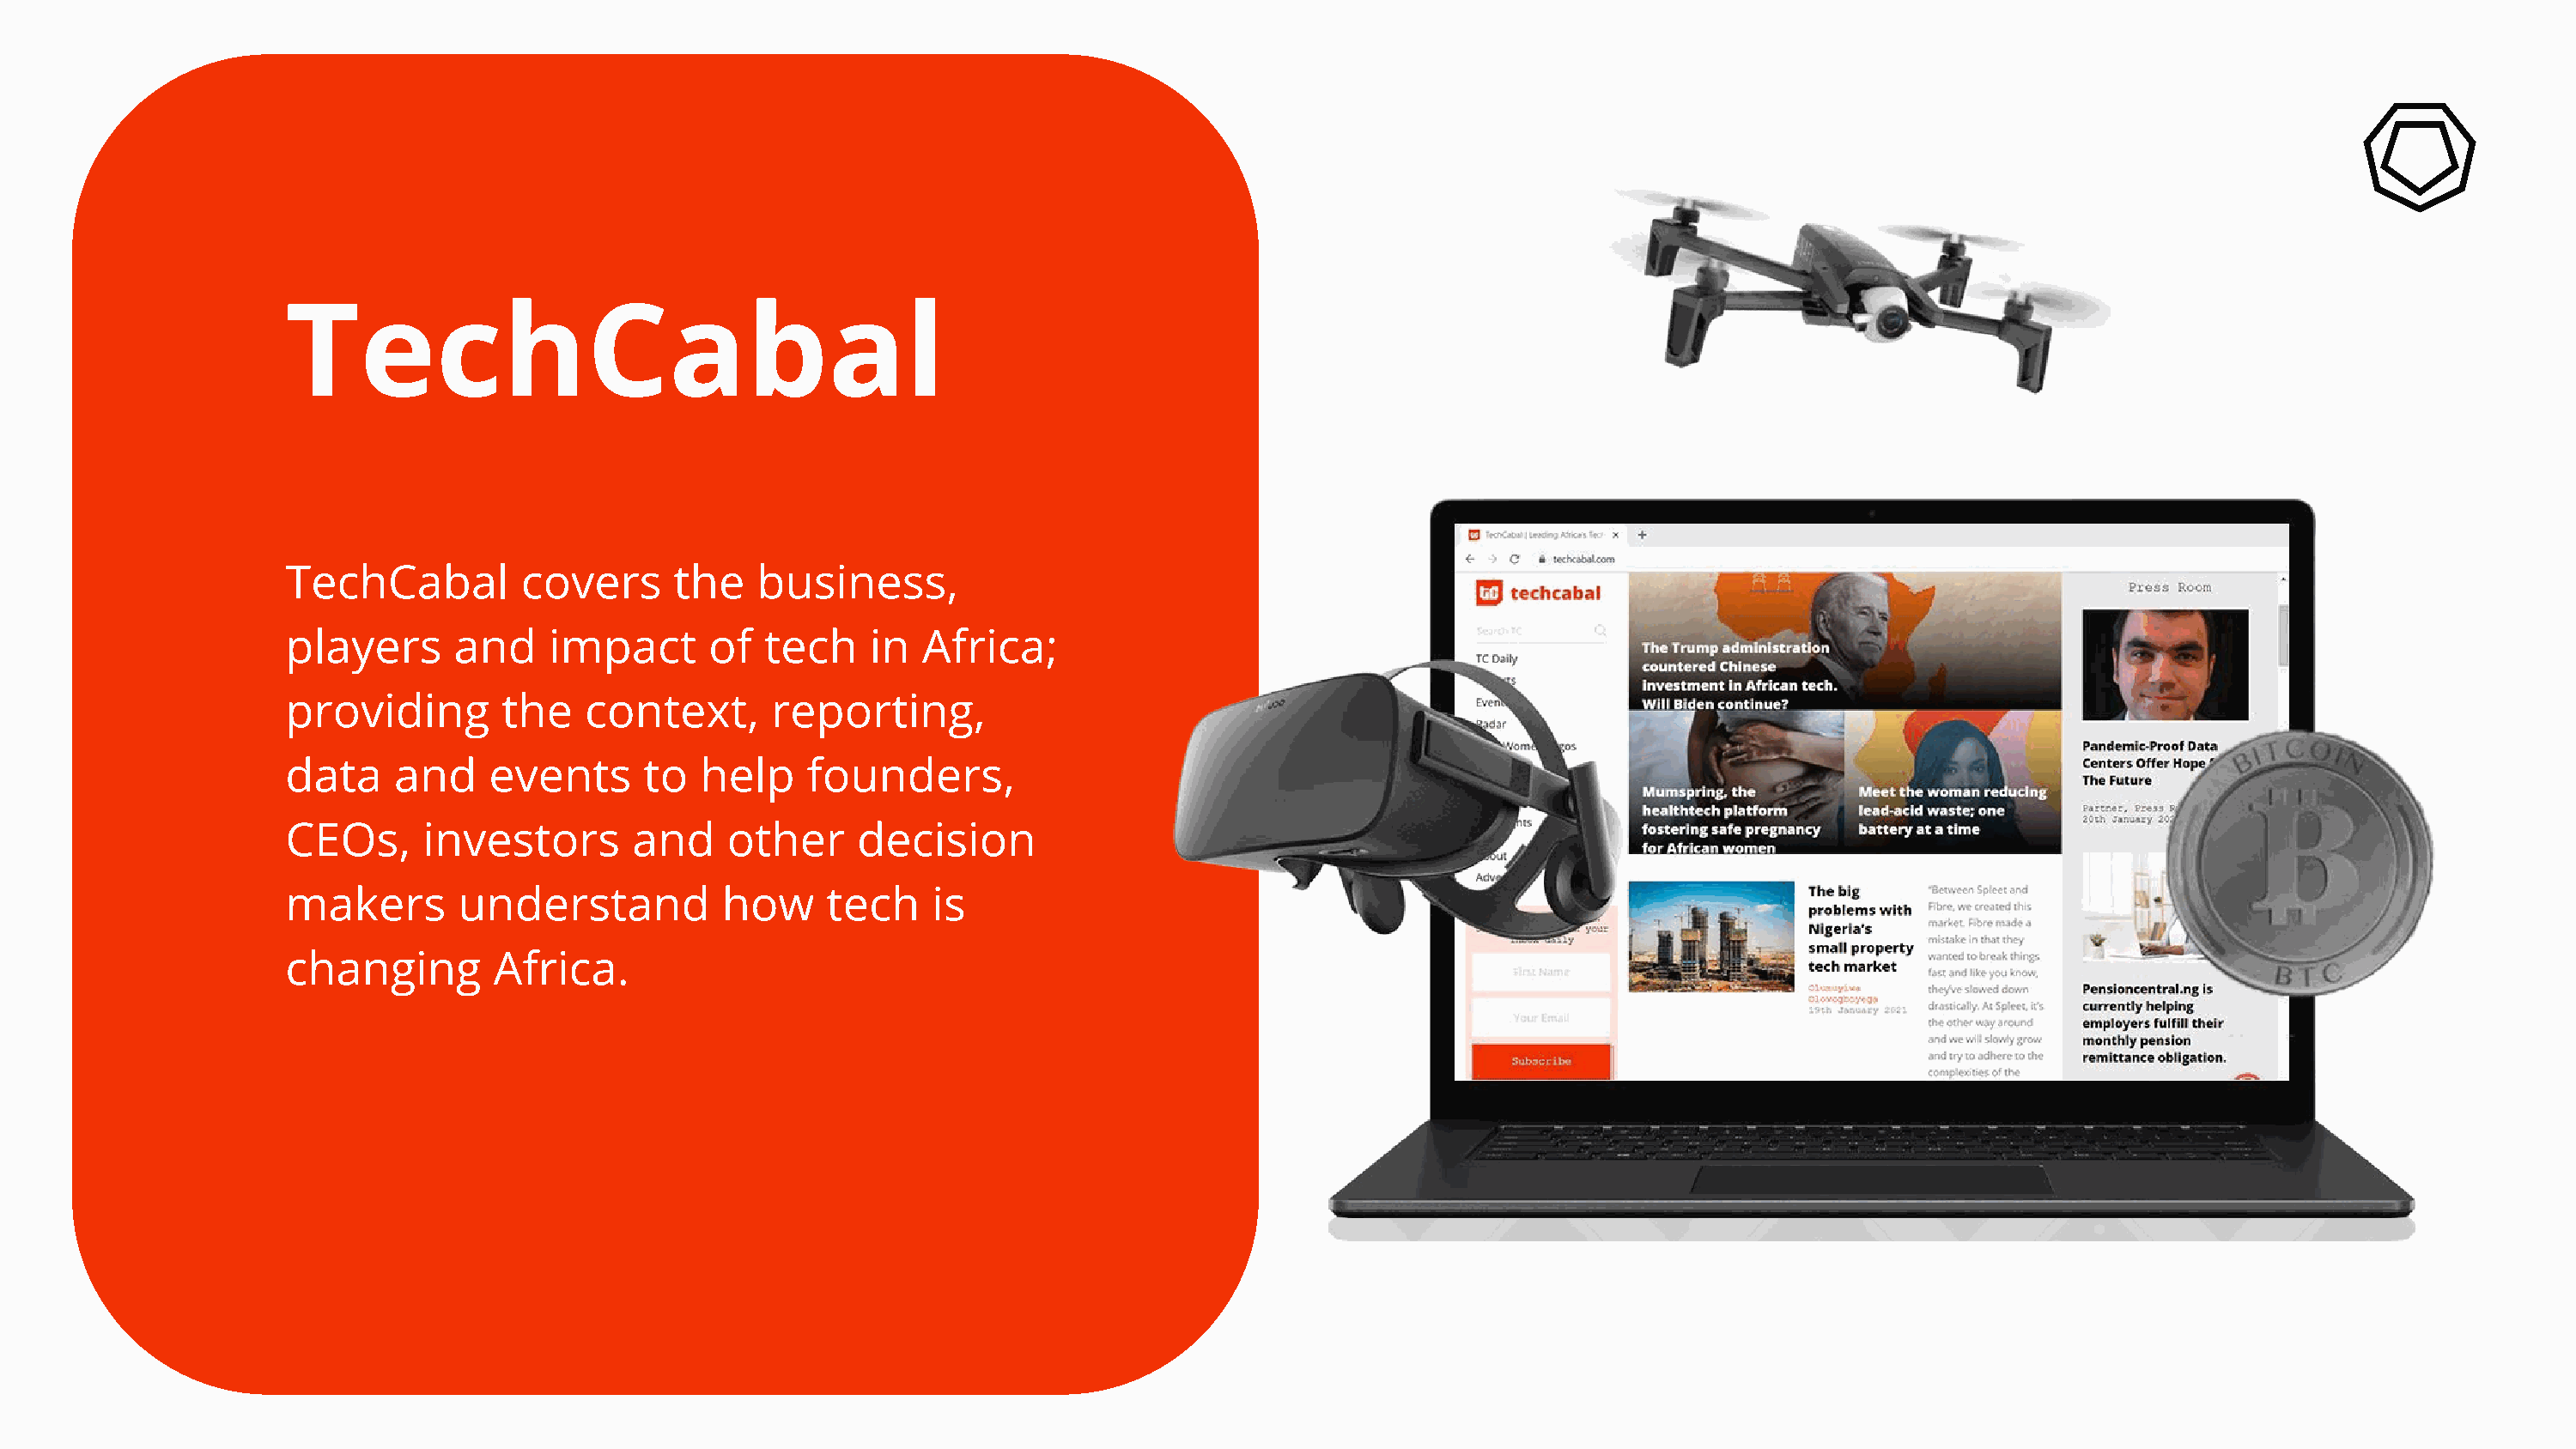
TechCabal
 TechCabal         covers      the   business,
 players      and    impact       of  tech    in  Africa;
 providing        the   context,      reporting,
 data    and     events      to  help    founders,
 CEOs,      investors       and    other     decision
 makers       understand           how     tech    is
 changing        Africa.